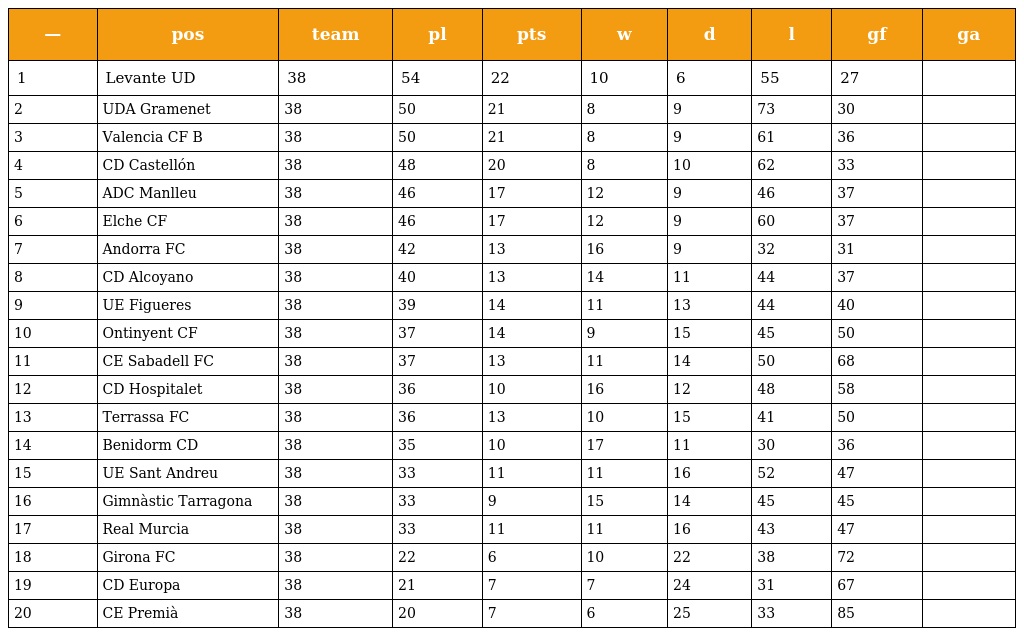
| — | pos | team | pl | pts | w | d | l | gf | ga |
 | --- | --- | --- | --- | --- | --- | --- | --- | --- | --- |
 | 1 | Levante UD | 38 | 54 | 22 | 10 | 6 | 55 | 27 |  |
 | 2 | UDA Gramenet | 38 | 50 | 21 | 8 | 9 | 73 | 30 |  |
 | 3 | Valencia CF B | 38 | 50 | 21 | 8 | 9 | 61 | 36 |  |
 | 4 | CD Castellón | 38 | 48 | 20 | 8 | 10 | 62 | 33 |  |
 | 5 | ADC Manlleu | 38 | 46 | 17 | 12 | 9 | 46 | 37 |  |
 | 6 | Elche CF | 38 | 46 | 17 | 12 | 9 | 60 | 37 |  |
 | 7 | Andorra FC | 38 | 42 | 13 | 16 | 9 | 32 | 31 |  |
 | 8 | CD Alcoyano | 38 | 40 | 13 | 14 | 11 | 44 | 37 |  |
 | 9 | UE Figueres | 38 | 39 | 14 | 11 | 13 | 44 | 40 |  |
 | 10 | Ontinyent CF | 38 | 37 | 14 | 9 | 15 | 45 | 50 |  |
 | 11 | CE Sabadell FC | 38 | 37 | 13 | 11 | 14 | 50 | 68 |  |
 | 12 | CD Hospitalet | 38 | 36 | 10 | 16 | 12 | 48 | 58 |  |
 | 13 | Terrassa FC | 38 | 36 | 13 | 10 | 15 | 41 | 50 |  |
 | 14 | Benidorm CD | 38 | 35 | 10 | 17 | 11 | 30 | 36 |  |
 | 15 | UE Sant Andreu | 38 | 33 | 11 | 11 | 16 | 52 | 47 |  |
 | 16 | Gimnàstic Tarragona | 38 | 33 | 9 | 15 | 14 | 45 | 45 |  |
 | 17 | Real Murcia | 38 | 33 | 11 | 11 | 16 | 43 | 47 |  |
 | 18 | Girona FC | 38 | 22 | 6 | 10 | 22 | 38 | 72 |  |
 | 19 | CD Europa | 38 | 21 | 7 | 7 | 24 | 31 | 67 |  |
 | 20 | CE Premià | 38 | 20 | 7 | 6 | 25 | 33 | 85 |  |